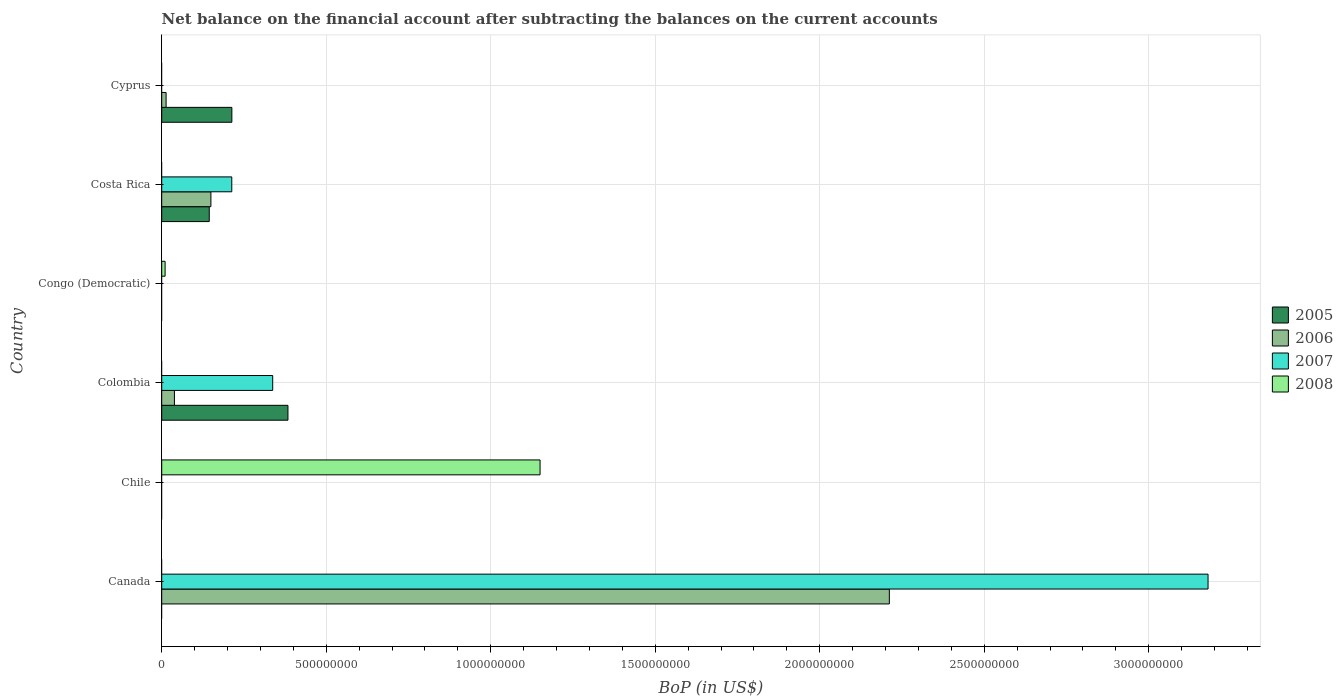
| Country | 2005 | 2006 | 2007 | 2008 |
 | --- | --- | --- | --- | --- |
 | Canada | -1.32e+09 | 2.21e+09 | 3.18e+09 | -4.13e+09 |
 | Chile | -1.32e+09 | -1.53e+09 | -4.5e+08 | 1.15e+09 |
 | Colombia | 3.84e+08 | 3.87e+07 | 3.37e+08 | -4.71e+08 |
 | Congo (Democratic) | -4.4e+07 | -1.74e+07 | -1.7e+08 | 1.03e+07 |
 | Costa Rica | 1.44e+08 | 1.5e+08 | 2.13e+08 | -4.77e+07 |
 | Cyprus | 2.13e+08 | 1.33e+07 | -8.06e+08 | -1.9e+08 |